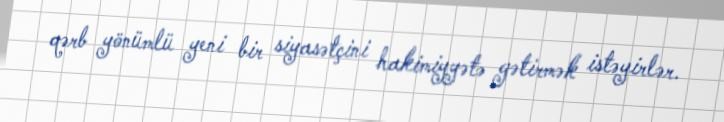
qərb yönümlü yeni bir siyasətçini hakimiyyətə gətirmək istəyirlər.